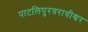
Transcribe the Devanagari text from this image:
पाटलिपुरवराधीश्वर